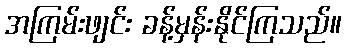
အကြမ်းဖျင်း ခန့်မှန်းနိုင်ကြသည်။